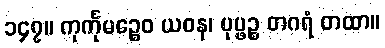
၁၄၇။ ကုင်္ကုမဉ္စေဝ ယဝန၊ ပုပ္ဖဉ္စ တဂရံ တထာ။